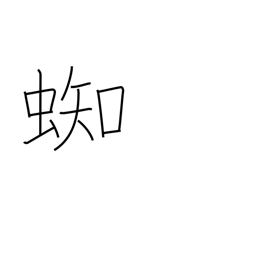
Meaning: spider